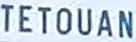
TETOUAN